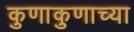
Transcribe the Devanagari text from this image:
कुणाकुणाच्या